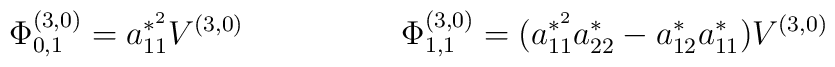
\Phi_{0,1}^{(3,0)} = a_{11}^{*^{2}}V^{(3,0)}\hspace{20mm}\Phi_{1,1}^{(3,0)}= ( a_{11}^{*^{2}}a_{22}^{*} - a_{12}^{*}a_{11}^{*} ) V^{(3,0)}